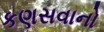
કણસવાનો